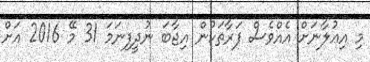
މި އިޢުލާނަށް އެއްވެސް ފަރާތަކުން އިޖާބަ ނުދީފިނަމަ 31 މޭ 2016 އަށް